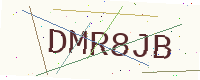
Text: DMR8JB